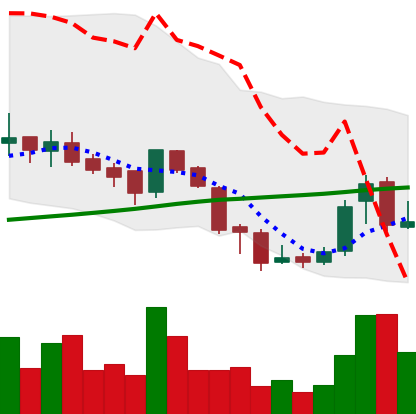
Ticker: BNB-USD
Chart end date: 2018-07-19
Forward return: -5.983%
Label: down_5_7